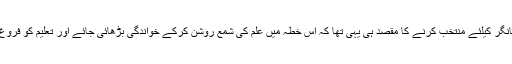
ڈاکٹر سیدحسن مرحوم کا کشن گنج کو انسان اسکول اورشکشانگر کیلئے منتخب کرنے کا مقصد ہی یہی تھا کہ اس خطہ میں علم کی شمع روشن کرکے خواندگی بڑھائی جائے اور تعلیم کو فروغ دیاجائے تاکہ مجموعی طورپر خطے کی پسماندگی دورہو۔